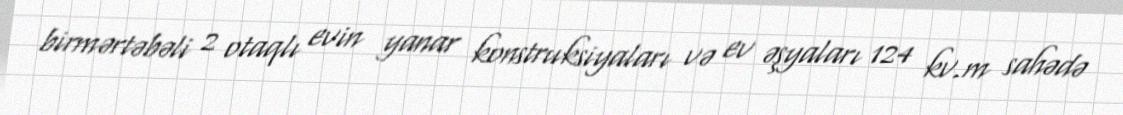
birmərtəbəli 2 otaqlı evin yanar konstruksiyaları və ev əşyaları 124 kv.m sahədə